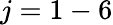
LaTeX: j=1-6